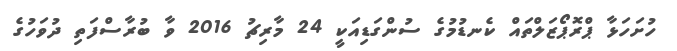
ހުށަހަޅާ ޕްރޮޕޯޒަލްތައް ކެނޑުމުގެ ސުންގަޑިއަކީ 24 މާރިޗު 2016 ވާ ބުރާސްފަތި ދުވަހުގެ